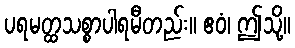
ပရမတ္ထသစ္စာပါရမီတည်း။ ဧဝံ၊ ဤသို့။